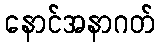
နောင်အနာဂတ်